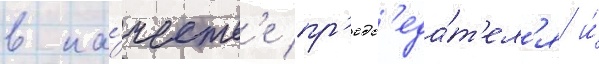
в ка́честв'е пр'едс'еда́т'ел'я и́